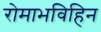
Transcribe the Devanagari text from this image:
रोमाभविहिन